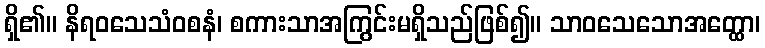
ရှိ၏။ နိရဝသေသံဝစနံ၊ စကားသာအကြွင်းမရှိသည်ဖြစ်၍။ သာဝသေသောအတ္ထော၊